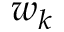
w _ { k }